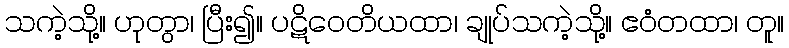
သကဲ့သို့။ ဟုတွာ၊ ပြီး၍။ ပဋိဝေတိယထာ၊ ချုပ်သကဲ့သို့။ ဧဝံတထာ၊ တူ။